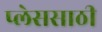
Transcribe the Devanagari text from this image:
प्लेससाठी